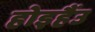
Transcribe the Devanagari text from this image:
होइहैंउ